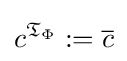
c^{{\mathfrak {T}}_{\Phi }}:={\overline {c}}